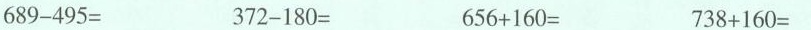
$$6 8 9 - 4 9 5 =$$ $$3 7 2 - 1 8 0 =$$ $$6 5 6 + 1 6 0 =$$ $$7 3 8 + 1 6 0 =$$